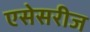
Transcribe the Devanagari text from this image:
एसेसरीज